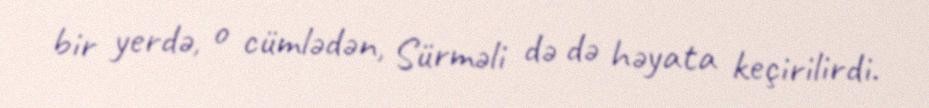
bir yerdə, o cümlədən, Sürməli də də həyata keçirilirdi.